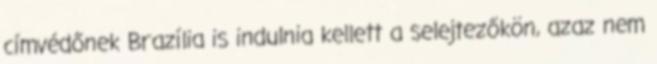
címvédőnek Brazília is indulnia kellett a selejtezőkön, azaz nem